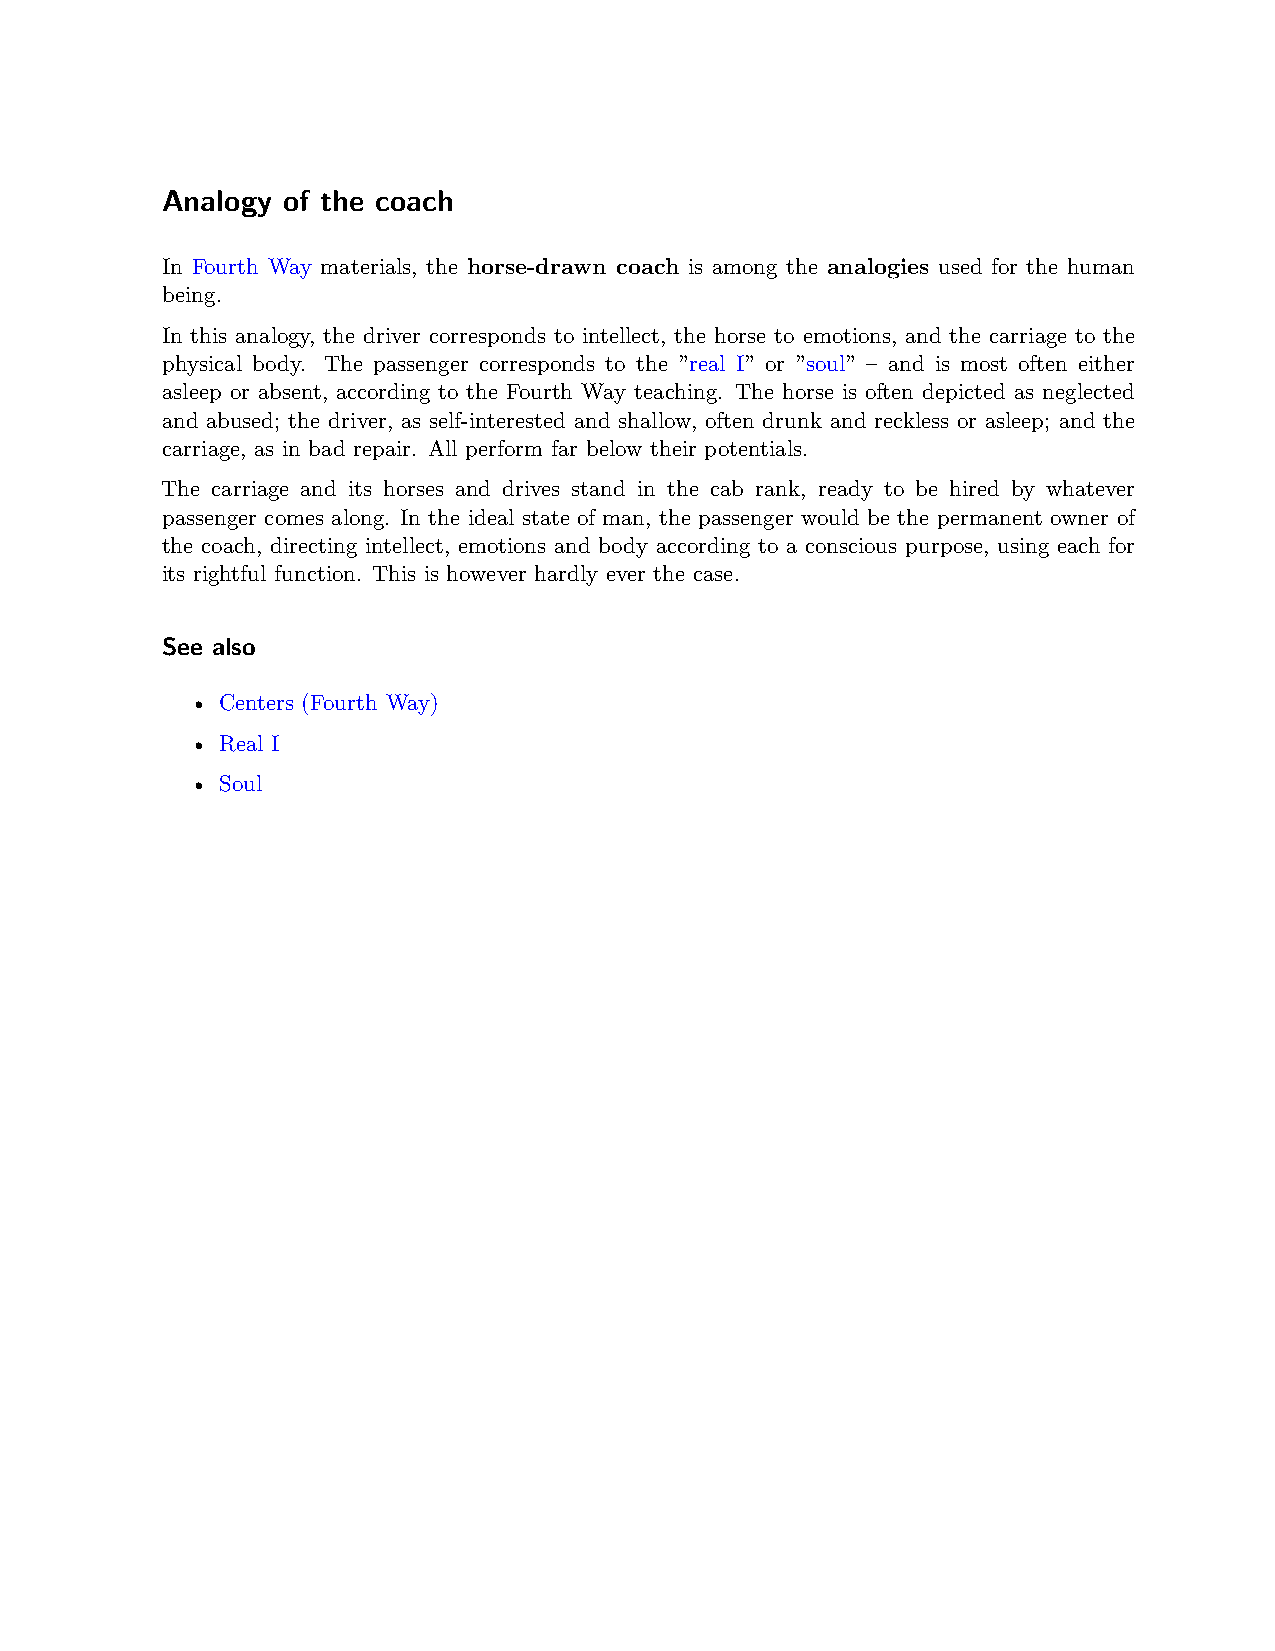
Analogy of the coach
 In Fourth Way materials, the horse-drawn coach is among the analogies used for the human
 being.
 In this analogy, the driver corresponds to intellect, the horse to emotions, and the carriage to the
 physical body. The passenger corresponds to the ”real I” or ”soul” – and is most often either
 asleep or absent, according to the Fourth Way teaching. The horse is often depicted as neglected
 and abused; the driver, as self-interested and shallow, often drunk and reckless or asleep; and the
 carriage, as in bad repair. All perform far below their potentials.
 The carriage and its horses and drives stand in the cab rank, ready to be hired by whatever
 passenger comes along. In the ideal state of man, the passenger would be the permanent owner of
 the coach, directing intellect, emotions and body according to a conscious purpose, using each for
 its rightful function. This is however hardly ever the case.
 See also
 • Centers (Fourth Way)
 • Real I
 • Soul